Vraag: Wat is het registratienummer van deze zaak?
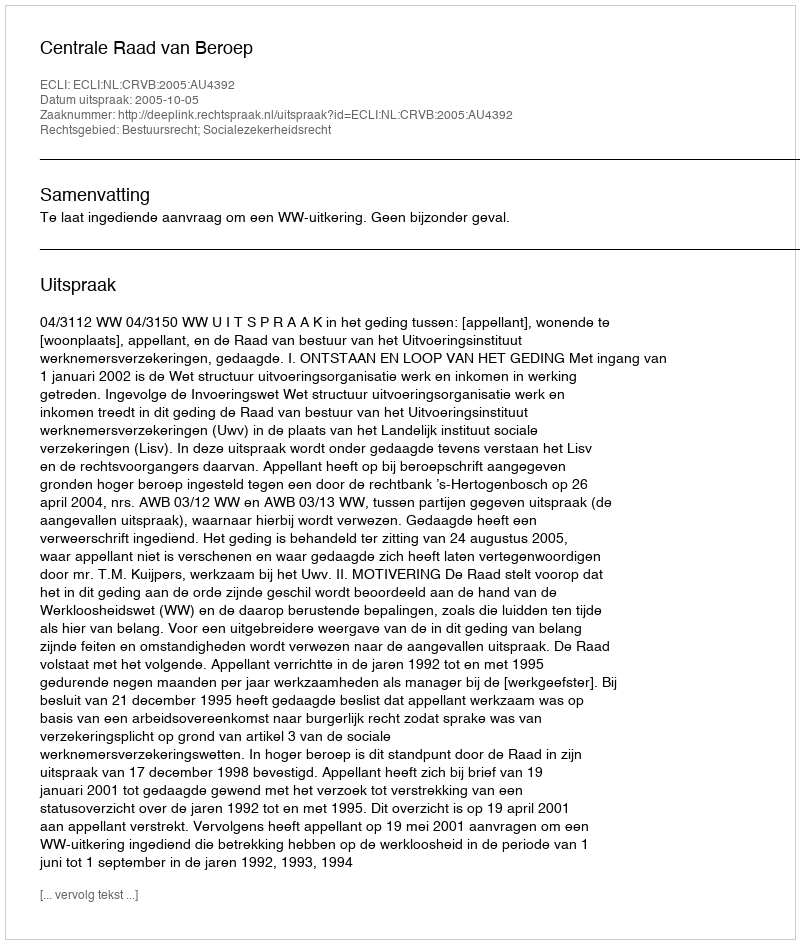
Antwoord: http://deeplink.rechtspraak.nl/uitspraak?id=ECLI:NL:CRVB:2005:AU4392